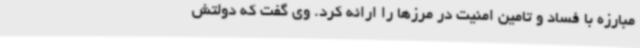
مبارزه با فساد و تامین امنیت در مرزها را ارائه کرد. وی گفت که دولتش